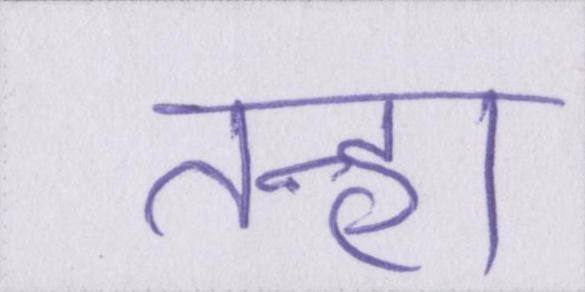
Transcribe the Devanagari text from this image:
तन्हा